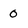
Character: 0